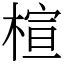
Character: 楦